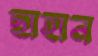
ছাহান